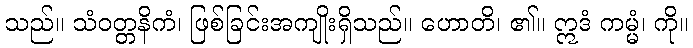
သည်။ သံဝတ္တနိကံ၊ ဖြစ်ခြင်းအကျိုးရှိသည်။ ဟောတိ၊ ၏။ ဣဒံ ကမ္မံ၊ ကို။